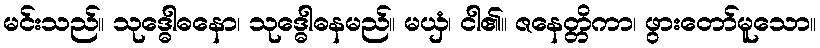
မင်းသည်။ သုဒ္ဓေါဓနော၊ သုဒ္ဓေါဓနမည်။ မယှံ၊ ငါ၏။ ဇနေတ္တိကာ၊ ဖွားတော်မူသော။